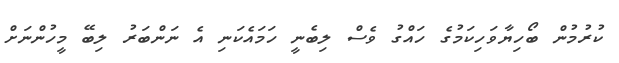
ކުރުމުން ބޯހިޔާވަހިކަމުގެ ހައްގު ވެސް ލިބެނީ ހަމައެކަނި އެ ނަންބަރު ލިބޭ މީހުންނަށް